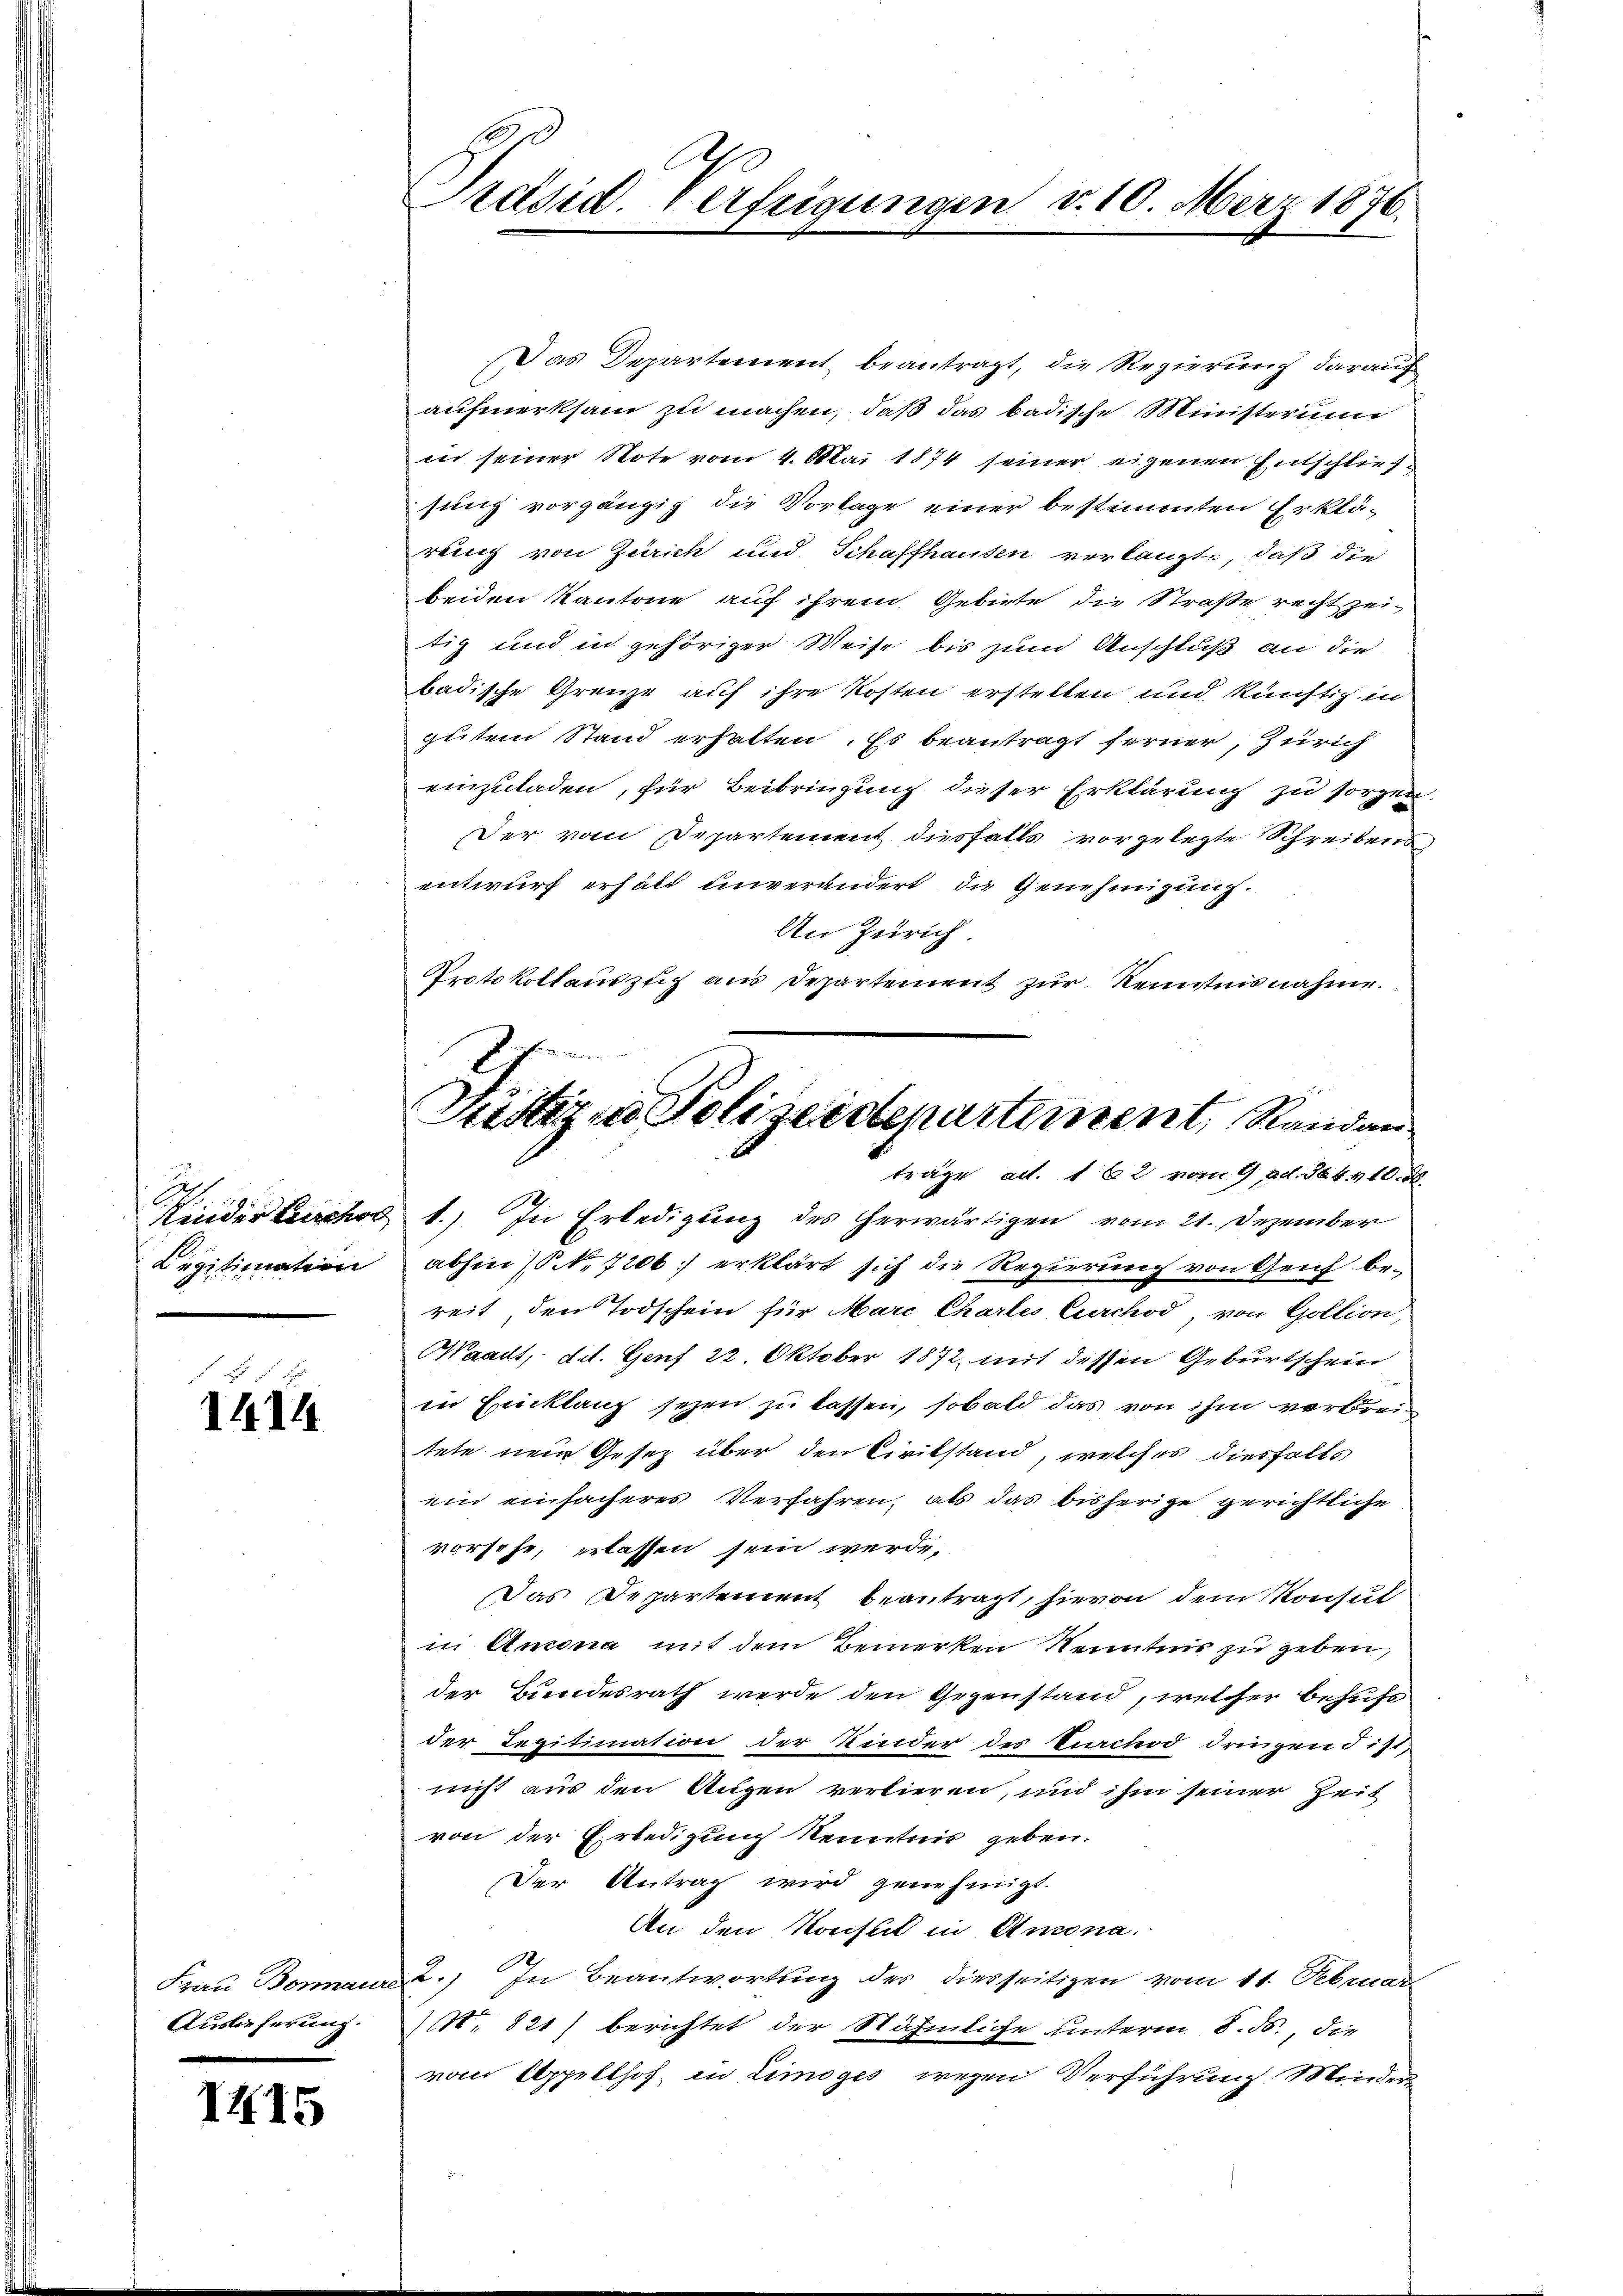
Kinder Kirchod
Legitimation

1414

Frau Bonaur
Auslieferung.

II15

Präsid. Verfügungen v. 10. März 1876.

Justiz in Polizeidenartement, Randan
träge ad. 162 vom 4. ad. 14410.

Das Departement beantragt, die Regierung darauf
aufmerksam zu machen, daß das badische Ministerum
in seiner Note vom 4. Mai 1874 seiner eigenen Entschließsung vorgänzig die Vorlage einer bestimmten Erkläreing von Zürich und Schaffhausen verlangt, daß die
beiden Kantone auf ihrem Gebiete die Straße recht zei
tig und in gehöriger Weise bis zum Anschluß an die
badische Grenze auf ihre Kosten erstellen und künftig in
gutem Stand erhalten. Es beantragt ferner, Zürich
einzuladen, für Beibringung dieser Erklärung zu sorgen
Der vom Departement diesfalls vorgelegte Schreibensentwurf erhält unverändert, die Genehmigung.
An Zürich.
Protokollauszug aus Departement zur Kenntnisnahme.
1.) In Erledigung des herwärtigen vom 21. Dezember
abhin (No 7200. erklärt sich die Regierung von Genf be-
reit den Todschein für Marc Chartes Curchod, von Goltion,
Waadt, det. Genf 22. Oktober 1872, mit dessen Geburtschein
in Einklang seyen zu lassen, sobald das von ihm verbreitete nein Gesetz über den Civilstand, welches diesfalls
ein einfacheres Verfahren, als das bisherige gerichtliche
vorsehe, erlassen sein werde.
Das Departement beantragt, hievon dem Konsul
in Amona mit dem Bemerken Kenntnis zu geben
der Bundesrath werde den Gegenstand, welcher behufs
der Legitimation der Kinder des Turcnod dringen ist,
nicht aus den Augen verlieren, und ihm seiner Zeit
von der Erledigung Kenntnis geben.
Der Antrag wird genehmigt.
An den Konseit in Antona
.) In Beantwortung des diesseitigen vom 11. Februar
. 821) berichtet der Nähmliche unterm 8. ds., die
vom Appellhof in Limoges wegen Verführung Minder